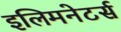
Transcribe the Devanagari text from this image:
इलिमनेटर्स